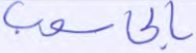
بالحاسوب